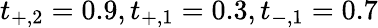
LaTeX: t_{+,2}=0.9,t_{+,1}=0.3,t_{-,1}=0.7